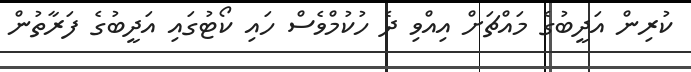
ކުރިން އަދީބުގެ މައްޗަށް އިއްވި ދެ ހުކުމްވެސް ހައި ކޯޓުގައި އަދީބުގެ ފަރާތުން